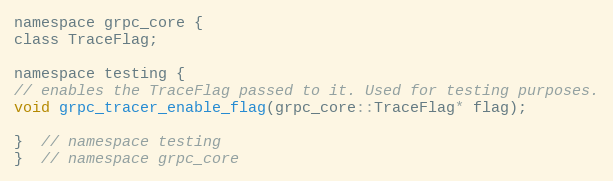
Language: C
namespace grpc_core {
class TraceFlag;

namespace testing {
// enables the TraceFlag passed to it. Used for testing purposes.
void grpc_tracer_enable_flag(grpc_core::TraceFlag* flag);

}  // namespace testing
}  // namespace grpc_core